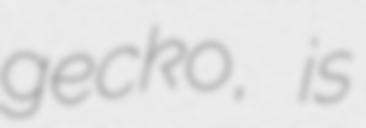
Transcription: gecko, is